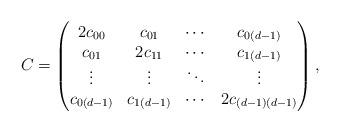
LaTeX: \begin{align*}C=\begin{pmatrix} 2c_{00} & c_{01} & \cdots & c_{0(d-1)}\\ c_{01} & 2c_{11} & \cdots & c_{1(d-1)}\\ \vdots & \vdots & \ddots & \vdots\\ c_{0(d-1)} & c_{1(d-1)} & \cdots & 2c_{(d-1)(d-1)} \end{pmatrix},\end{align*}